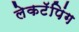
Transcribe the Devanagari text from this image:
लेकटॅपिंग